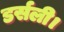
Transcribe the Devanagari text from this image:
डर्सली।